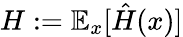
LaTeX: H:=\mathbb{E}_{x}[\hat{H}(x)]